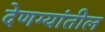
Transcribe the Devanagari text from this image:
देणग्यांतील